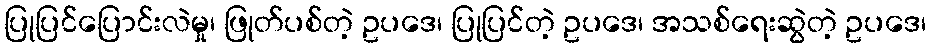
ပြုပြင်ပြောင်းလဲမှု၊ ဖြုတ်ပစ်တဲ့ ဥပဒေ၊ ပြုပြင်တဲ့ ဥပဒေ၊ အသစ်ရေးဆွဲတဲ့ ဥပဒေ၊